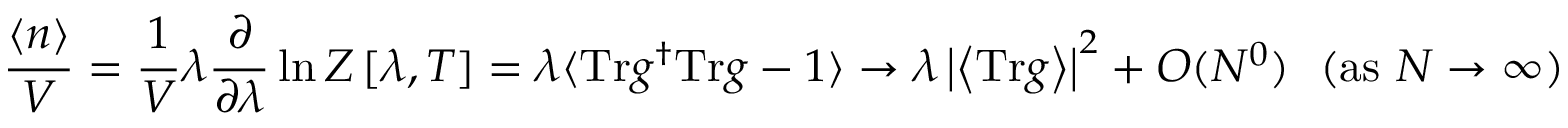
\frac { \langle n \rangle } { V } = \frac { 1 } { V } \lambda \frac { \partial } { \partial \lambda } \ln Z \left[ \lambda , T \right] = \lambda \langle \mathrm { T r } g ^ { \dagger } \mathrm { T r } g - 1 \rangle \rightarrow \lambda \left| \left< \mathrm { T r } g \right> \right| ^ { 2 } + O ( N ^ { 0 } ) ~ ~ ( \mathrm { a s } ~ N \rightarrow \infty )